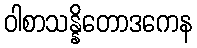
ဝါစာသန္နိတောဒကေန